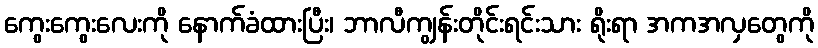
ကွေးကွေးလေးကို နောက်ခံထားပြီး၊ ဘာလီကျွန်းတိုင်းရင်းသား ရိုးရာ အကအလှတွေကို